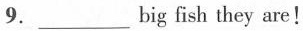
9.___big fish they are!